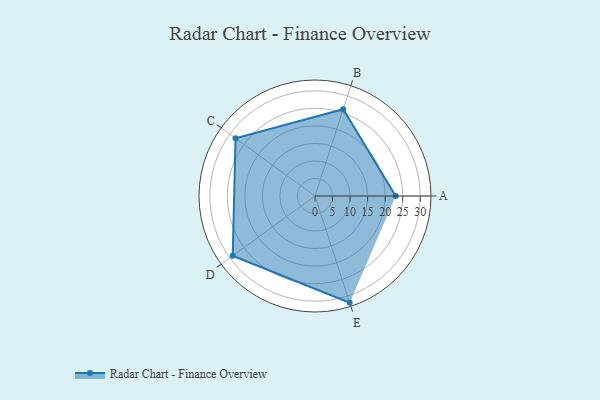
{"axis": {"x": "Skill", "y": "Score"}, "legend": ["Profile"], "data": [{"x": "A", "y": 23.0, "type": "Profile"}, {"x": "B", "y": 26.0, "type": "Profile"}, {"x": "C", "y": 28.0, "type": "Profile"}, {"x": "D", "y": 29.0, "type": "Profile"}, {"x": "E", "y": 32.0, "type": "Profile"}]}